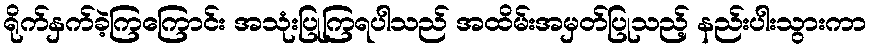
ရိုက်နှက်ခဲ့ကြကြောင်း အသုံးပြုကြရပါသည် အထိမ်းအမှတ်ပြုသည့် နည်းပါးသွားကာ